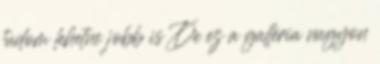
tudom lehetne jobb is De ez a galléria nagyon